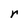
Character: r